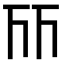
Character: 𠀞